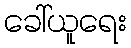
ခေါ်ယူရေး